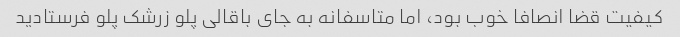
کیفیت قضا انصافا خوب بود، اما متاسفانه به جای باقالی پلو زرشک پلو فرستادید